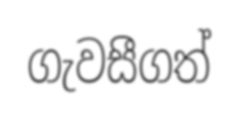
ගැවසීගත්